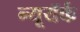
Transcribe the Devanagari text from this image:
न्यूयॅर्क